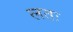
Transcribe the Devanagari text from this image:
लतः